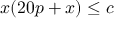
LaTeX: x ( 2 0 p + x ) \leq c